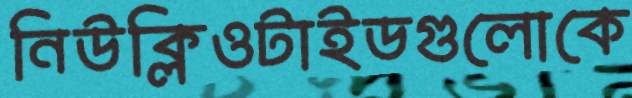
নিউক্লিওটাইডগুলোকে